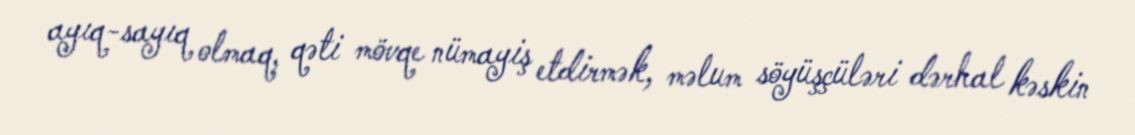
ayıq-sayıq olmaq, qəti mövqe nümayiş etdirmək, məlum söyüşçüləri dərhal kəskin